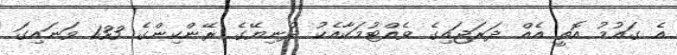
އެ ގައުމު އޮތީ އެއް ދަރަޖައިގެ ވެއްޓުމަކާއެކު ދުނިޔޭގެ ރޭންކިންގެ 133 ވަނައިގަ